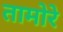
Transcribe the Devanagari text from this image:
तामोरे